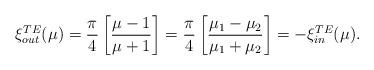
LaTeX: \begin{align*}\xi^{\small TE}_{\small out}(\mu) ={\pi\over4}\left[{\mu-1\over \mu+1}\right] = {\pi\over4}\left[{\mu_1-\mu_2\over \mu_1+\mu_2}\right] =- \xi^{\small TE}_{\small in}(\mu).\end{align*}